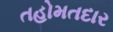
તહોમતદાર